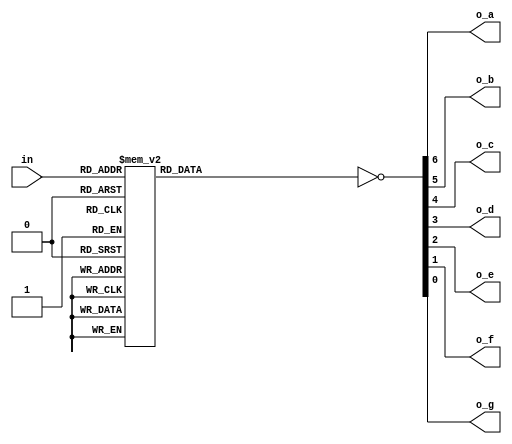
module hex_7seg_decoder
   // Parameters section
   #( parameter COMMON_ANODE_CATHODE = 0) // 0 for common Anode / 1 for common cathode
   // Ports section
   (
    input  [3:0]in,
    output o_a,
	output o_b,
    output o_c,
    output o_d,
    output o_e,
    output o_f,
    output o_g
    //output dot          // optional - NOT used on DE1-SoC board
    );
	
	// Internal logic
	reg a,b,c,d,e,f,g;
	
	// Use concatenation to pass values to all outputs in the same time
	always @(*) begin
		case (in)
		4'd0 : {a,b,c,d,e,f,g} = 7'b1111110; // common cathode value
		4'd1 : {a,b,c,d,e,f,g} = 7'b0110000;
		4'd2 : {a,b,c,d,e,f,g} = 7'b1101101; 
		4'd3 : {a,b,c,d,e,f,g} = 7'b1111001;
		4'd4 : {a,b,c,d,e,f,g} = 7'b0110011;
		4'd5 : {a,b,c,d,e,f,g} = 7'b1011011;  
		4'd6 : {a,b,c,d,e,f,g} = 7'b1011111;
		4'd7 : {a,b,c,d,e,f,g} = 7'b1110000;
		4'd8 : {a,b,c,d,e,f,g} = 7'b1111111;
		4'd9 : {a,b,c,d,e,f,g} = 7'b1111011;
		4'd10: {a,b,c,d,e,f,g} = 7'b1110111; 
		4'd11: {a,b,c,d,e,f,g} = 7'b0011111;
		4'd12: {a,b,c,d,e,f,g} = 7'b1001110;
		4'd13: {a,b,c,d,e,f,g} = 7'b0111101;
		4'd14: {a,b,c,d,e,f,g} = 7'b1001111;
		4'd15: {a,b,c,d,e,f,g} = 7'b1000111;
	    default : {a,b,c,d,e,f,g} = 7'b1111110; // best practice
	    endcase
    end
	
	assign {o_a, o_b, o_c, o_d, o_e, o_f, o_g} = COMMON_ANODE_CATHODE ? {a,b,c,d,e,f,g} : ~{a,b,c,d,e,f,g};
	
    // If you want the dot open assign 0 to it otherwise 1
    //assign dot = 1'b1;

endmodule